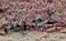
تعرف